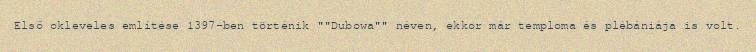
Első okleveles említése 1397-ben történik ""Dubowa"" néven, ekkor már temploma és plébániája is volt.